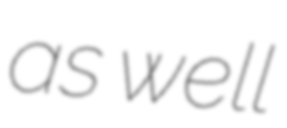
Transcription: as well